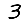
Digit: 3